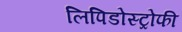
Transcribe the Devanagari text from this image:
लिपिडोस्ट्रोफी